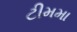
ટીમમા